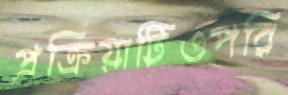
প্রক্রিয়াটিওপরি